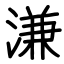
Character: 溓